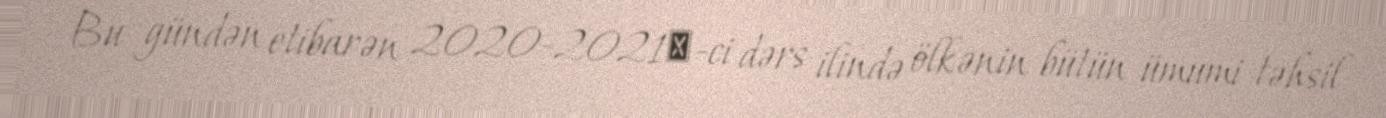
Bu gündən etibarən 2020-2021‬-ci dərs ilində ölkənin bütün ümumi təhsil